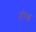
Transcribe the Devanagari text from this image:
हीन्ज